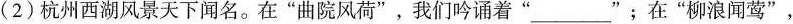
(2)杭州西湖风景天下闻名。在”曲院风荷”，我们吟诵着” ___ ”；在”柳浪闻莺”，